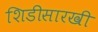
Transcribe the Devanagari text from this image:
शिडीसारखी